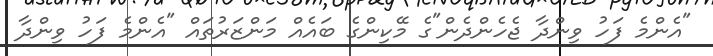
"އެންމެ ފަހު ވިންދާ ޖެހެންދެން"ގެ މޭކިންގެ ބައެއް މަންޒަރުތައް "އެންމެ ފަހު ވިންދާ